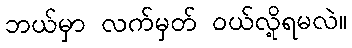
ဘယ်မှာ လက်မှတ် ဝယ်လို့ရမလဲ။